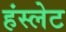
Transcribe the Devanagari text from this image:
हंस्लेट